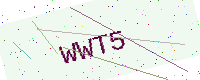
Text: WWT5